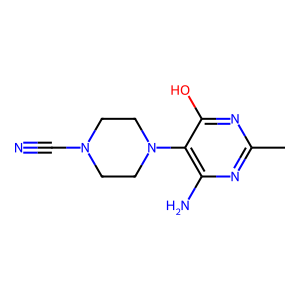
SMILES: Cc1nc(N)c(N2CCN(C#N)CC2)c(O)n1
Inhibits HIV replication: No